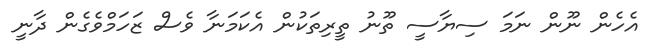
އެހެން ނޫން ނަމަ ސިޔާސީ ތޫނު ތީރިތަކުން އެކަމަނާ ވެސް ޒަހަމްވެގެން ދާނީ